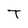
Character: T